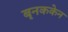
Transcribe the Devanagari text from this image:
बृनककेन